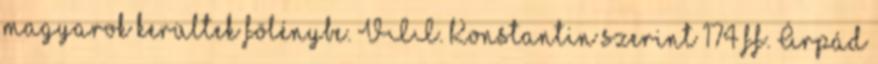
magyarok kerültek fölénybe. VII. Konstantin szerint 174 ff. Árpád